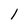
Character: 1